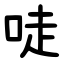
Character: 唗